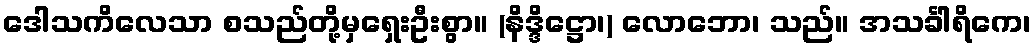
ဒေါသကိလေသာ စသည်တို့မှရှေးဦးစွာ။ (နိဒ္ဒိဋ္ဌော၊) လောဘော၊ သည်။ အသင်္ခါရိကေ၊